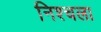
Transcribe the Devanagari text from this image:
निश्चला